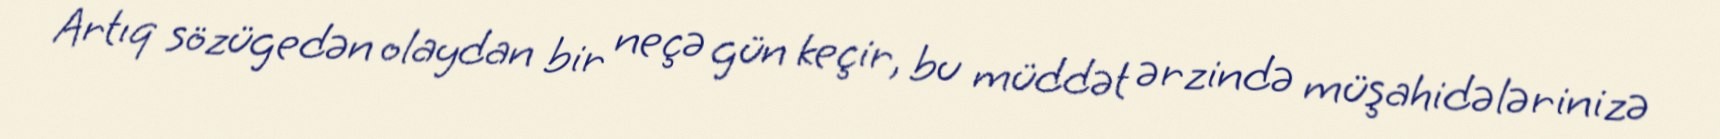
Artıq sözügedən olaydan bir neçə gün keçir, bu müddət ərzində müşahidələrinizə